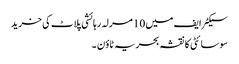
سیکٹر ایف میں 10 مرلہ رہائشی پلاٹ کی خرید
سوسائٹی کا نقشہ بحریہ ٹاؤن ۔